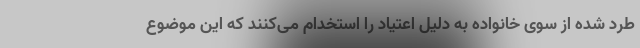
طرد شده از سوی خانواده به دلیل اعتیاد را استخدام می‌کنند که این موضوع